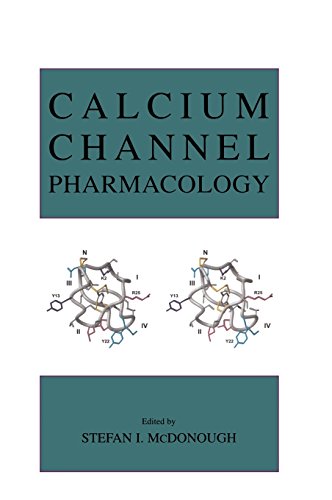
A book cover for Calcium Channel Pharmacology; Medical Books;